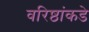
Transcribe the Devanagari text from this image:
वरिष्ठांकडे